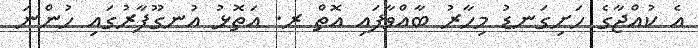
އެ ކުއްޖާގެ ހަށިގަނޑު މިހާރު ބާއްވާފައި އޮތް ރ. އަތޮޅު އުނގޫފާރުގައި ހުންނަ